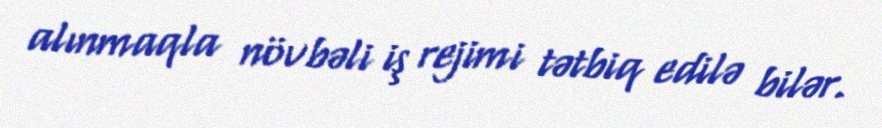
alınmaqla növbəli iş rejimi tətbiq edilə bilər.